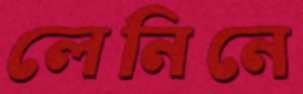
লেনিনে